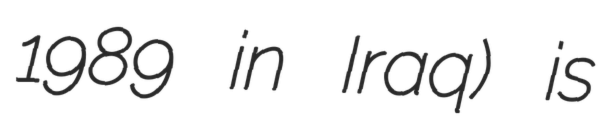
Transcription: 1989 in Iraq) is